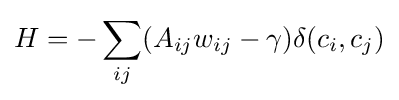
H=-\sum _{ij}(A_{ij}w_{ij}-\gamma )\delta (c_{i},c_{j})